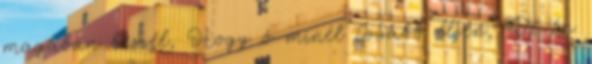
magában beszél, Hogy ő minél tovább éljen, De én